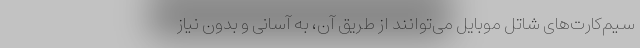
سیم‌کارت‌های شاتل موبایل می‌توانند از طریق آن، به آسانی و بدون نیاز